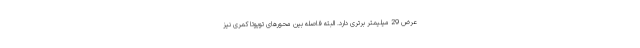
عرض 29 میلیمتر برتری دارد. البته فاصله بین محورهای تویوتا کمری نیز